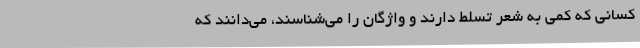
کسانی که کمی به شعر تسلط دارند و واژگان را می‌شناسند، می‌دانند که